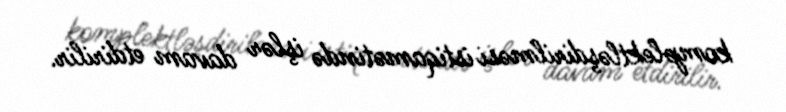
komplektləşdirilməsi istiqamətində işlər davam etdirilir.